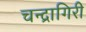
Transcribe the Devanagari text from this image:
चन्द्रागिरी